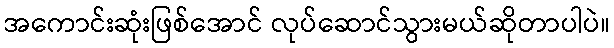
အကောင်းဆုံးဖြစ်အောင် လုပ်ဆောင်သွားမယ်ဆိုတာပါပဲ။